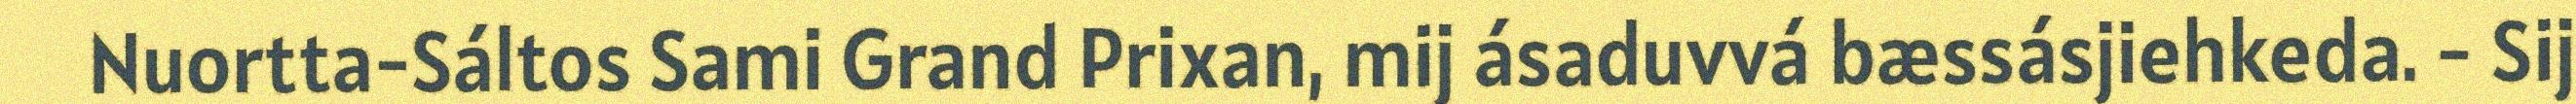
Nuortta-Sáltos Sami Grand Prixan, mij ásaduvvá bæssásjiehkeda. - Sij